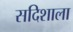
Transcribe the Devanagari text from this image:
सदिशाला